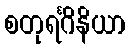
စတုရင်္ဂိနိယာ